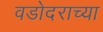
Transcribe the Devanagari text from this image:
वडोदराच्या